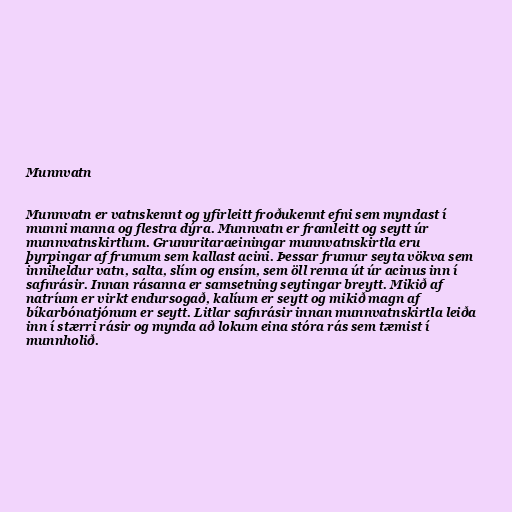
Munnvatn

Munnvatn er vatnskennt og yfirleitt froðukennt efni sem myndast í
munni manna og flestra dýra. Munnvatn er framleitt og seytt úr
munnvatnskirtlum. Grunnritaraeiningar munnvatnskirtla eru
þyrpingar af frumum sem kallast acini. Þessar frumur seyta vökva sem
inniheldur vatn, salta, slím og ensím, sem öll renna út úr acinus inn í
safnrásir. Innan rásanna er samsetning seytingar breytt. Mikið af
natríum er virkt endursogað, kalíum er seytt og mikið magn af
bíkarbónatjónum er seytt. Litlar safnrásir innan munnvatnskirtla leiða
inn í stærri rásir og mynda að lokum eina stóra rás sem tæmist í
munnholið.